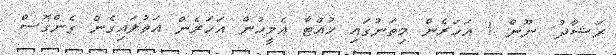
ރަޝާދު: ނޫން ! އަހަރެން މިތަނުގައި ހުއްޓާ އެމީހުން އަހަރެން އަތުލައިގެން ގެންގޮސް